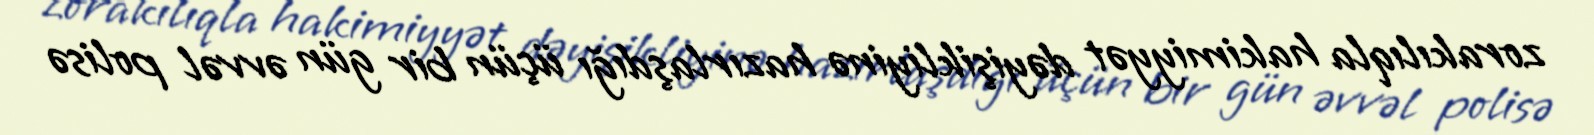
zorakılıqla hakimiyyət dəyişikliyinə hazırlaşdığı üçün bir gün əvvəl polisə